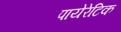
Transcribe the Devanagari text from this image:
पायेरेटिक